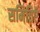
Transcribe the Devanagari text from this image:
समितिऍ